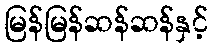
မြန်မြန်ဆန်ဆန်နှင့်